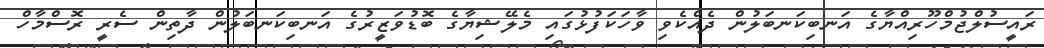
ރައީސުލްޖުމްހޫރިއްޔާގެ އަނބިކަނބަލުން ދެއްކެވި ވާހަކަފުޅުގައި މެލޭޝިޔާގެ ބޮޑުވަޒީރުގެ އަނބިކަނބަލުން ދާތިން ސެރީ ރޮސްމާހް